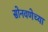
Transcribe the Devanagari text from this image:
सोनवणेच्या